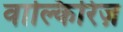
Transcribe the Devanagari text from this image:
वाल्किरिज़